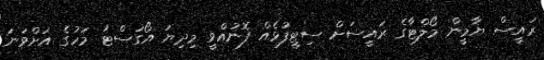
ރައީސް ޔާމީން މޯލްޓާގެ ރައީސަށް ސިޓީފުޅެއް ފޮނުއްވީ މިދިޔަ އޯގަސްޓު މަހުގެ އަށްވަނަ